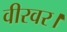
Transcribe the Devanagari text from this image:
वीरवर।